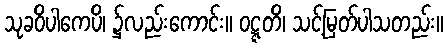
သုခဝိပါကေပိ၊ ၌လည်းကောင်း။ ဝဋ္ဋတိ၊ သင့်မြတ်ပါသတည်း။